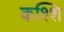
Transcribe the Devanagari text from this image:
कश्शि